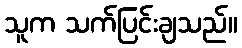
သူက သက်ပြင်းချသည်။